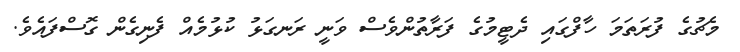
މެޗުގެ ފުރަތަމަ ހާފްގައި ދެޓީމުގެ ފަރާތުންވެސް ވަނީ ރަނގަޅު ކުޅުމެއް ފެނިގެން ގޮސްފައެވެ.